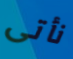
نأتى